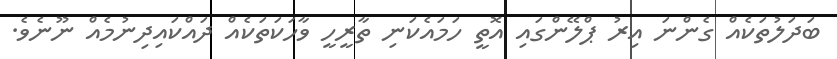
ބަދަލުތަކެއް ގެންނަ އިރު ޕްލޭންގައި އޮތީ ހަމައެކަނި ތާރީހީ ވާހަކަތަކެއް ދައްކައިދިނުމެއް ނޫނެވެ.